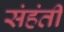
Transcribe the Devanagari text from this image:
संहंती